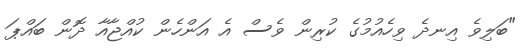
"ބަލިވެ އިނދެ ވިހެއުމުގެ ކުރިން ވެސް އެ އަންހެން ކުއްޖާއާ ދޮން ބައްޕަ